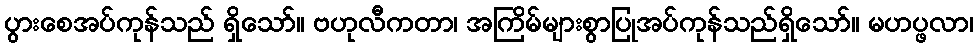
ပွားစေအပ်ကုန်သည် ရှိသော်။ ဗဟုလီကတာ၊ အကြိမ်များစွာပြုအပ်ကုန်သည်ရှိသော်။ မဟပ္ဖလာ၊